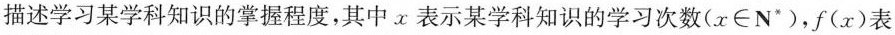
描述学习某学科知识的掌握程度，其中x表示某学科知识的学习次数($$x\in N*$$)，f(x)表